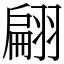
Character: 翩